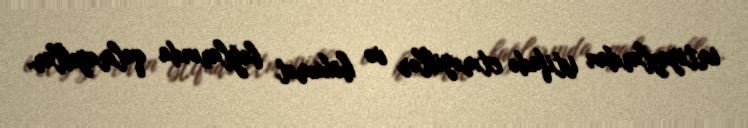
imtiyazlardan istifadə etməyiblər və hökumət bağlarında qalmayıblar.